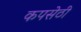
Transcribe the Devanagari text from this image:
कपसेठी